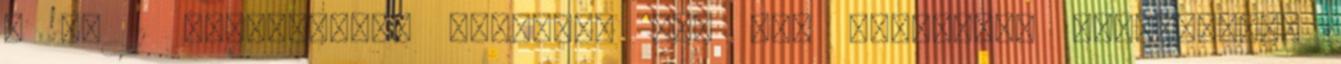
4 Az 1 bekezdésben említett jog nem érintheti hátrányosan